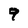
Character: 9